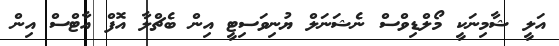
އަލީ ޝާމިނަކީ މޯލްޑިވްސް ނެޝަނަލް ޔުނިވަސިޓީ އިން ބެޗްލާ އޮފް އާޓްސް އިން